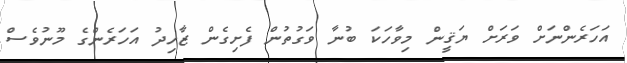
އަހަރެންނަށް ވަރަށް ޔަޤީން މިވާހަކަ ބުނާ ވަގުތުން ފެށިގެން ޒާހިދު އަހަރެންގެ މޫނުވެސް